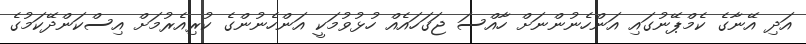
އަދި އޭނާގެ ކެމްޕޭނުގައި އަންހެނުންނަށް ހާއްސަ ޖަގަހައެއް ހުޅުވުމަކީ އަންހެނުންގެ ކުރިއެރުމަށް އިސްކަންދޭކަމުގެ